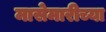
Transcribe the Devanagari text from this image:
मासेमारीच्या